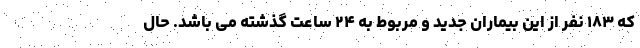
که ۱۸۳ نفر از این بیماران جدید و مربوط به ۲۴ ساعت گذشته می باشد. حال